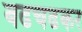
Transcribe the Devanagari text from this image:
बढचढकर